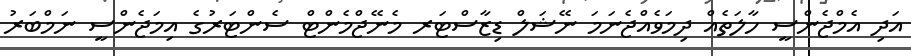
އަދި އެމްޖެންސީ ހާލަތެއް ދިމަވެއްޖެނަމަ ނޭޝަލް ޑިޒާސްޓަރ މެނޭޖްމެންޓް ސެންޓަރުގެ އިމަޖެންސީ ނަމްބަރު